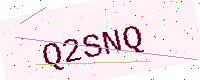
Text: Q2SNQ